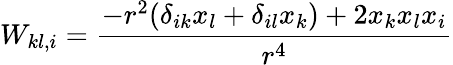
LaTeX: W_{kl,i}=\frac{-r^{2}(\delta_{ik}x_{l}+\delta_{il}x_{k})+2x_{k}x_{l}x_{i}}{r^{4}}